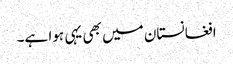
افغانستان میں بھی یہی ہوا ہے۔